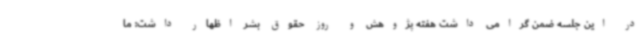
در این جلسه ضمن گرامی داشت هفته پژوهش و روز حقوق بشر اظهار داشت: ما